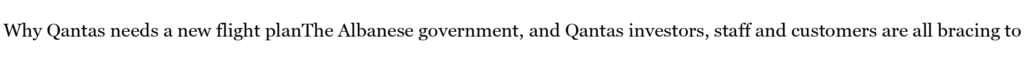
Why Qantas needs a new flight planThe Albanese government, and Qantas investors, staff and customers are all bracing to